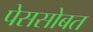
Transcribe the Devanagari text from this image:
पेससोबत